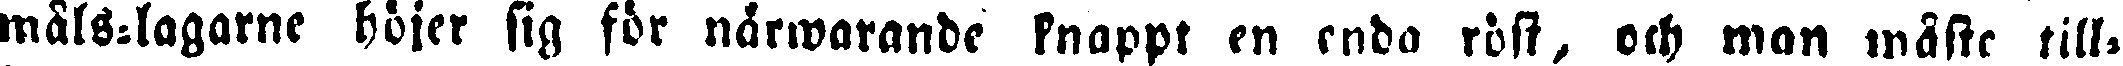
måls-lagarne höjer sig för närwarande knappt en enda röst, och man måste till-